Civil Veterinary Dept. Bombay admin report 1914-1922 - 1914-1922
Year: 1914
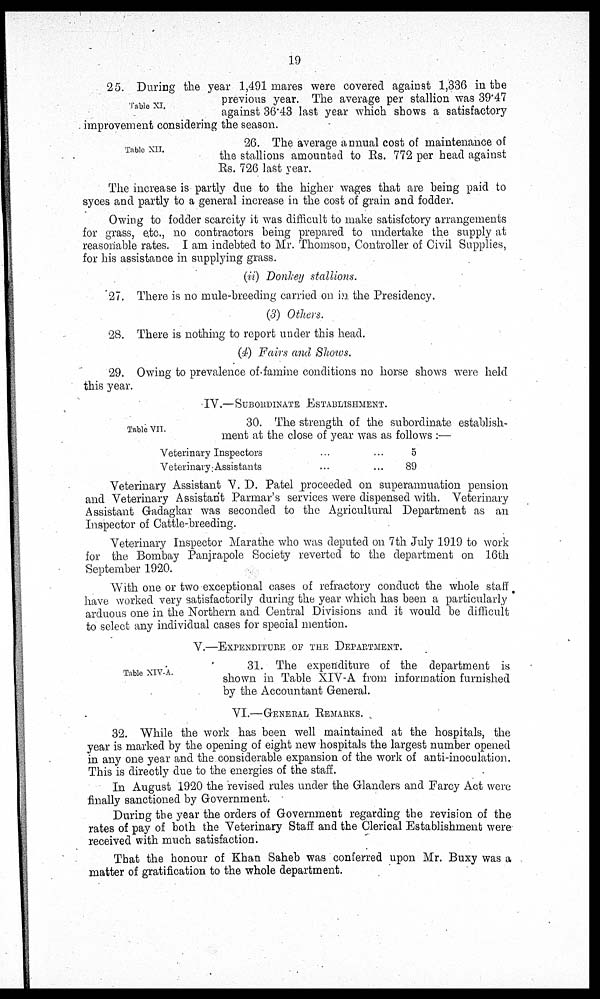
19
Table XI.
25. During the year 1,491 mares were covered against 1,336 in the
previous year. The average per stallion was 39.47
against 36.43 last year which shows a satisfactory
improvement considering the season.
Table XII.
26. The average annual cost of maintenance of
the stallions amounted to Rs. 772 per head against
Rs. 726 last year.
The increase is partly due to the higher wages that are being paid to
syces and partly to a general increase in the cost of grain and fodder.
Owing to fodder scarcity it was difficult to make satisfctory arrangements
for grass, etc., no contractors being prepared to undertake the supply at
reasonable rates. I am indebted to Mr. Thomson, Controller of Civil Supplies,
for his assistance in supplying grass.
(ii) Donkey stallions.
27. There is no mule-breeding carried on in the Presidency.
(3) Others.
28. There is nothing to report under this head.
(4) Fairs and Shows.
29. Owing to prevalence of famine conditions no horse shows were held
this year.
IV.— SUBORDINATE ESTABLISHMENT.
Table VII.
30. The strength of the subordinate establish-
ment at the close of year was as follows :—
Veterinary Inspectors ... ...
Veterinary Assistants
...
...
5
89
Veterinary Assistant V. D. Patel proceeded on superannuation pension
and Veterinary Assistant Parmar's services were dispensed with. Veterinary
Assistant Gadagkar was seconded to the Agricultural Department as an
Inspector of Cattle-breeding.
Veterinary Inspector Marathe who was deputed on 7th July 1919 to work
for the Bombay Panjrapole Society reverted to the department on 16th
September 1920.
With one or two exceptional cases of refractory conduct the whole staff
have worked very satisfactorily during the year which has been a particularly
arduous one in the Northern and Central Divisions and it would be difficult
to select any individual cases for special mention.
V.—EXPENDITURE OF THE DEPARTMENT
Table XIV-A.
31. The expenditure of the department is
shown in Table XIV-A from information furnished
by the Accountant General.
VI.—GENERAL REMARK.
32. While the work has been well maintained at the hospitals, the
year is marked by the opening of eight new hospitals the largest number opened
in any one year and the considerable expansion of the work of anti-inoculation.
This is directly due to the energies of the staff.
In August 1920 the revised rules under the Glanders and Farcy Act were
finally sanctioned by Government.
During the year the orders of Government regarding the revision of the
rates of pay of both the Veterinary Staff and the Clerical Establishment were
received with much satisfaction.
That the honour of Khan Saheb was conferred upon Mr. Buxy was a
matter of gratification to the whole department.